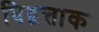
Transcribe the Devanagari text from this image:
विद्वत्ताक